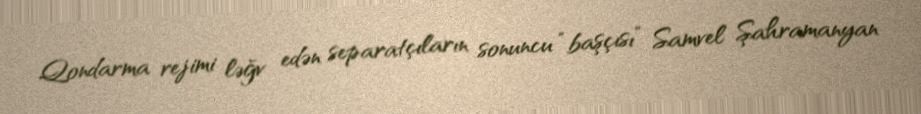
Qondarma rejimi ləğv edən separatçıların sonuncu “başçısı” Samvel Şahramanyan